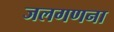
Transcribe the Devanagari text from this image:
जलगणना